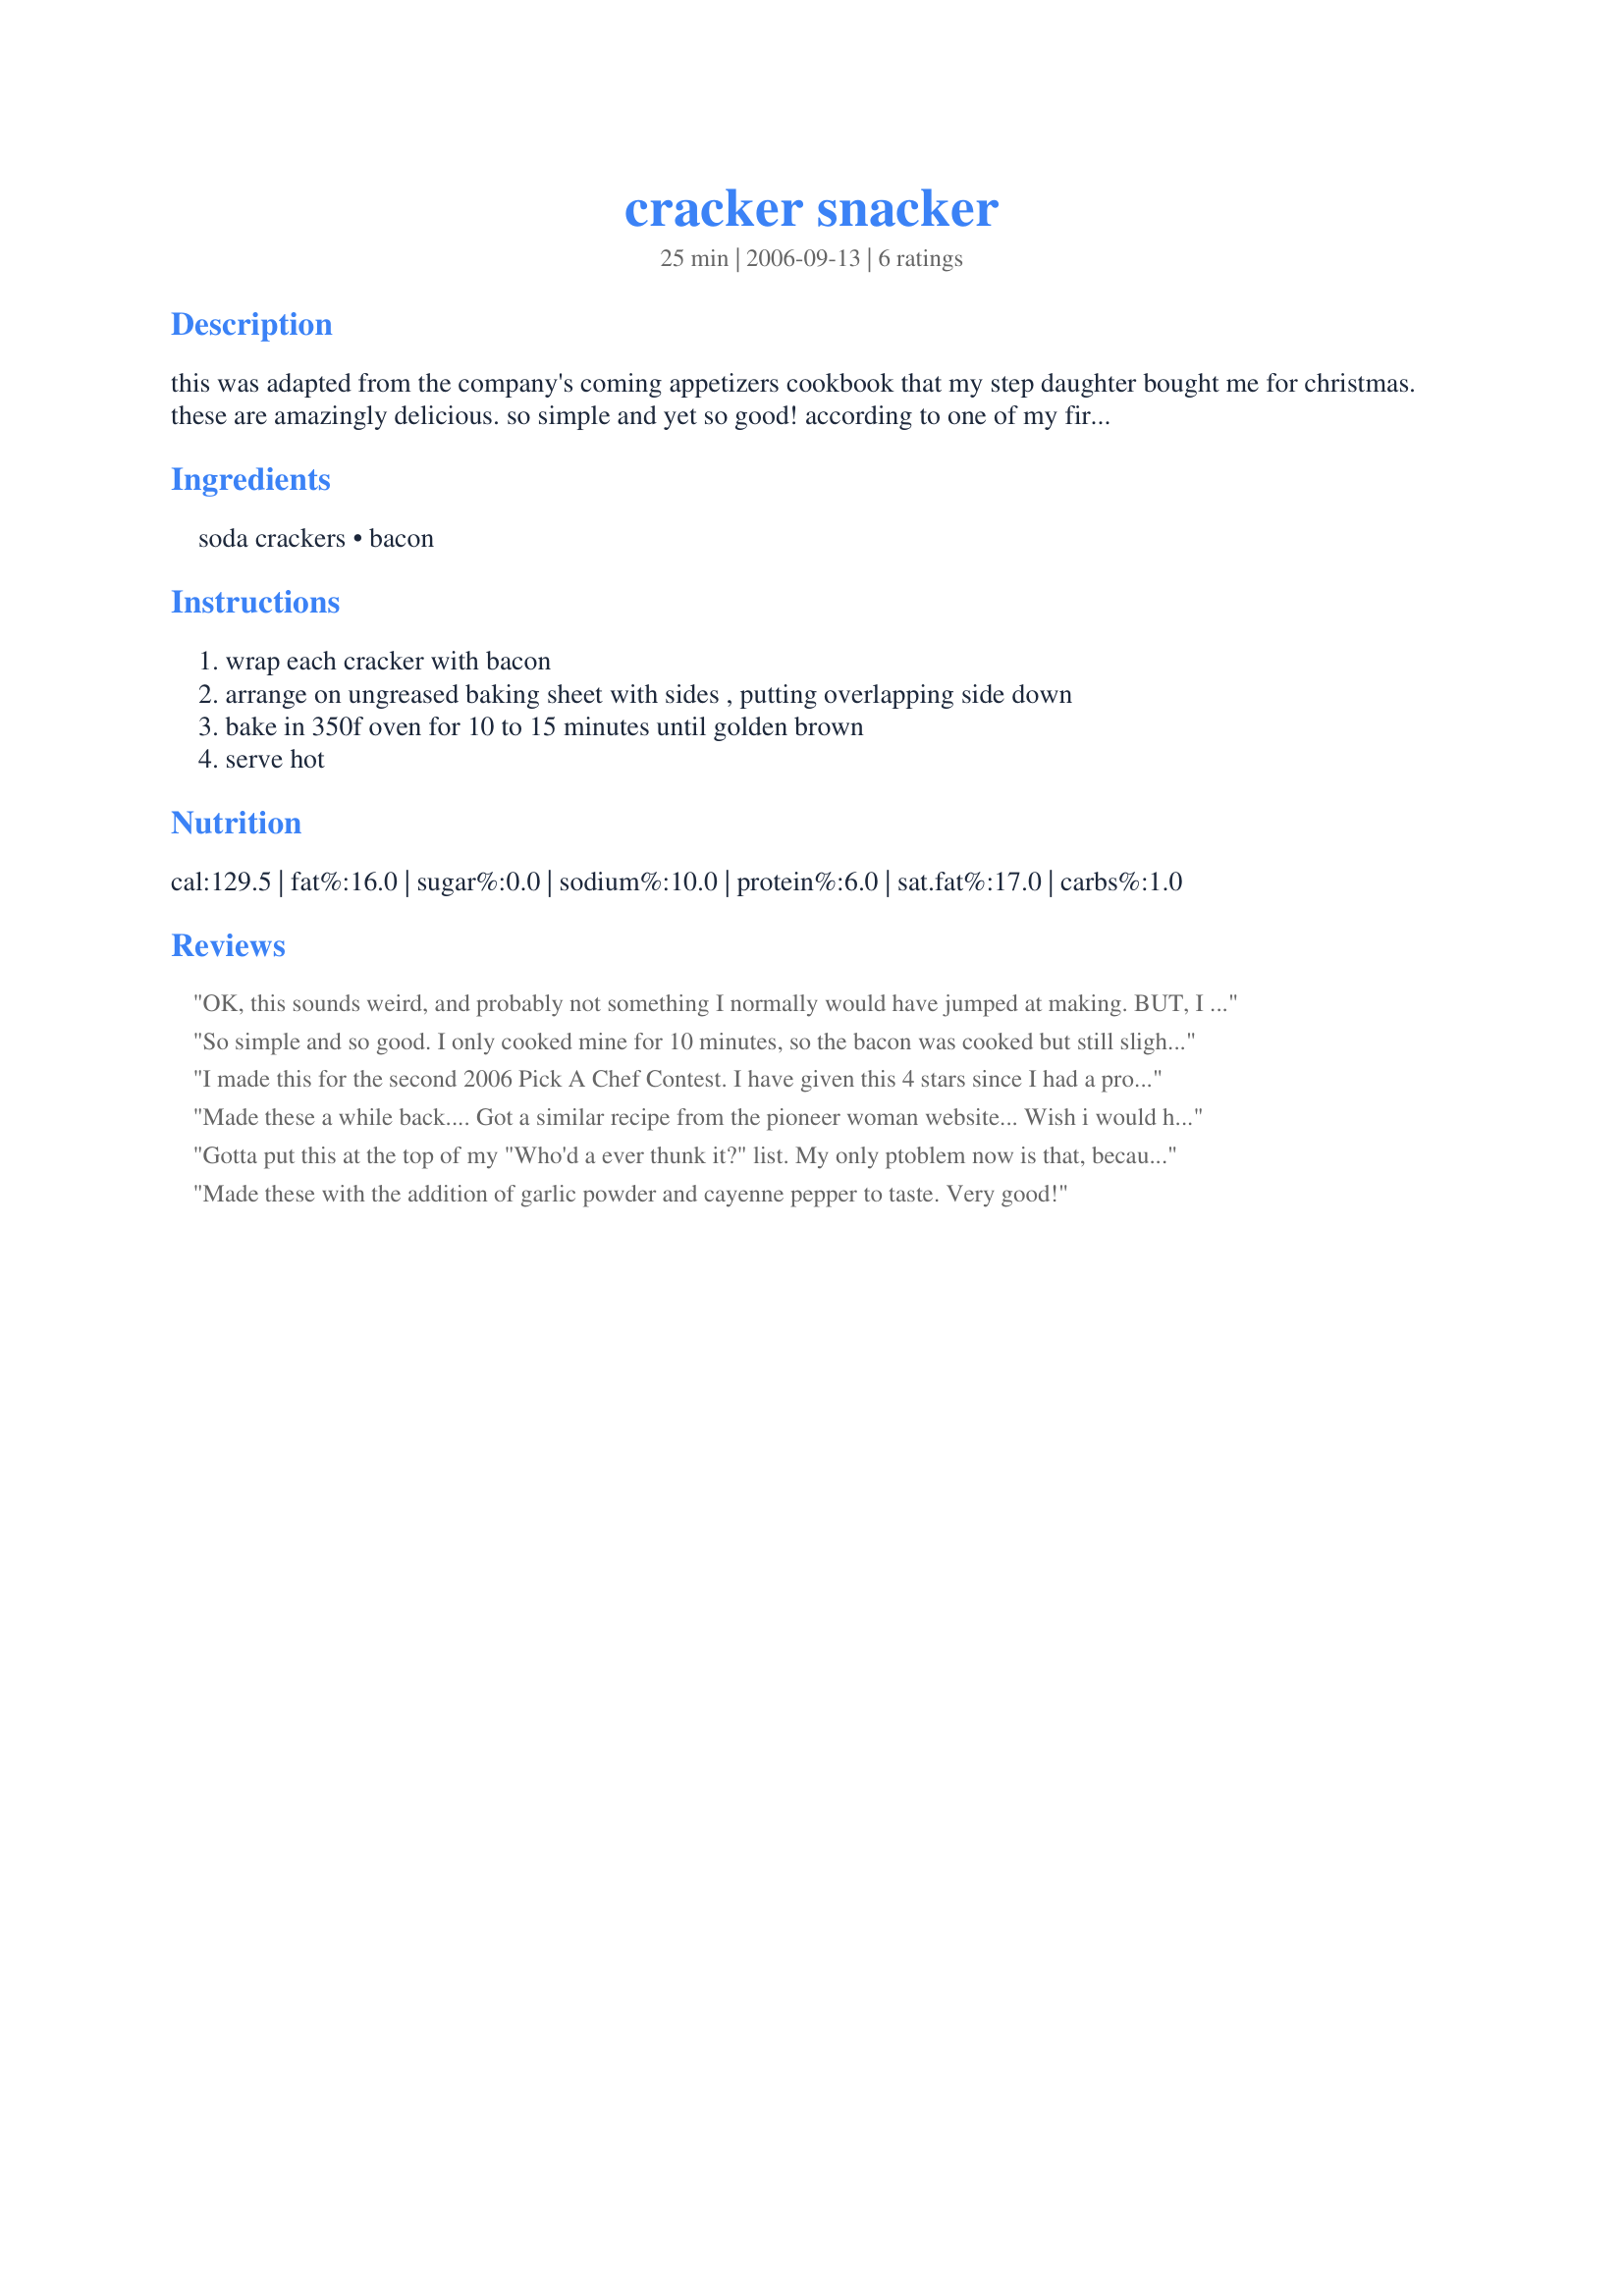
cracker snacker
Preparation time: 25 minutes

this was adapted from the company's coming appetizers cookbook that my step daughter bought me for christmas. these are amazingly delicious. so simple and yet so good! according to one of my first taste testers, jim, if they get a bit burnt that is good too. he felt that the blackened bottom "made them". i tend to agree with him too!

Ingredients:
soda crackers, bacon

Steps:
wrap each cracker with bacon, arrange on ungreased baking sheet with sides , putting overlapping side down, bake in 350f oven for 10 to 15 minutes until golden brown, serve hot

Reviews:
OK, this sounds weird, and probably not something I normally would have jumped at making. BUT, I was lucky enough to have the chef herself make these for us at a recent get together, and they were absolutley delicious!!
I agree, if they get a little overdone, it is all good.....yummo!
Check out this Chef's other yummy bacon appy's, it made a terrific tray!
Thanks Saturn!
So simple and so good. I only cooked mine for 10 minutes, so the bacon was cooked but still slightly soft. Very good. I tried adding a piece of cheddar to half of them before wrapping with bacon...I like cheese with everything, and cheese and bacon seemed like a classic combo. But don't bother. You can't really taste the cheese.
I made this for the second 2006 Pick A Chef Contest. I have given this 4 stars since I had a problem with this in just a small way. I think when this is made, it should be put on a rack of some sort to drain the grease away from the crackers. They were VERY VERY good it is just that I am extremely, well Anal about grease. I do not like grease and I try to remove what ever amount I can from foods. I believe this would be a 6 star with the grease being able to drip away from the cracker as it is being baked. With that being said I would encourage everyone to try this, it is a wonderful party apetizer and my neighbor LOVED them!!!!
Made these a while back.... Got a similar recipe from the pioneer woman website... Wish i would have put them on a rack... They were really greasy but mmmmm they disappeared like no other... Everyone loves bacon.. you could wrap cardboard and bacon and it would be amazing. MMMM oh and i used premium saltines.
Gotta put this at the top of my "Who'd a ever thunk it?" list. My only ptoblem now is that, because DH loves this so much, I now can't keep bacon or saltines in the house LOL!
Thanks for the great post!!
Oh yes, by the way - we like them a little blackened, too!!
Made these with the addition of garlic powder and cayenne pepper to taste.

Very good!
